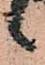
々